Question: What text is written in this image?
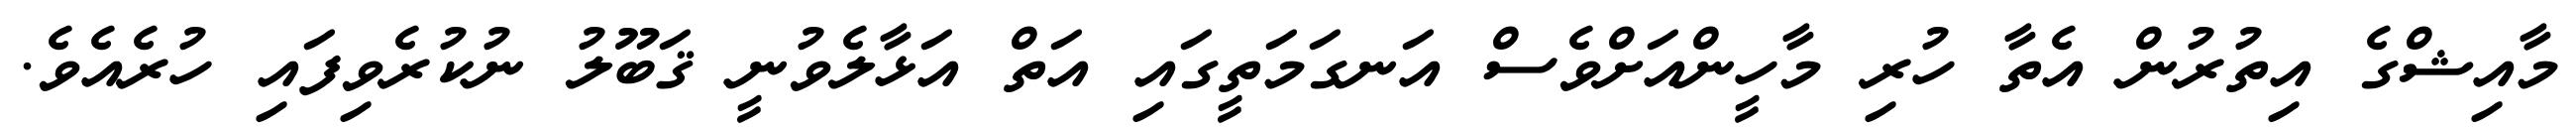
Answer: މާއިޝްގެ އިތުރުން އެތާ ހުރި މާހީންއަށްވެސް އަނގަމަތީގައި އަތް އަޅާލެވުނީ ޤަބޫލު ނުކުރެވިފައި ހުރެއެވެ.